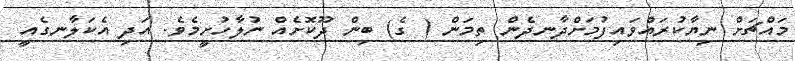
މައްޗަށް ނިޔާކުރައްވައިފުމަށްދާނދެން ތިމަން ( ގެ) ބިން ދޫކޮށެއް ނުލާހުށީމެވެ. އަދި އެކަލާނގެއީ